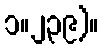
၁။၂၃၉)။